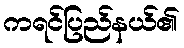
ကရင်ပြည်နယ်၏